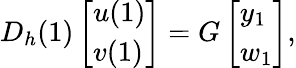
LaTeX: D_{h}(1)\left[\begin{array}{l}{u(1)}\\ {v(1)}\end{array}\right]=G\left[\begin{array}{l}{y_{1}}\\ {w_{1}}\end{array}\right],